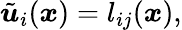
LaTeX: \tilde{\boldsymbol{u}}_{i}(\boldsymbol{x})=l_{ij}(\boldsymbol{x}),